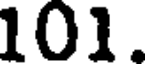
101.